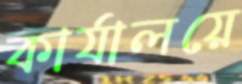
কার্যালয়ে